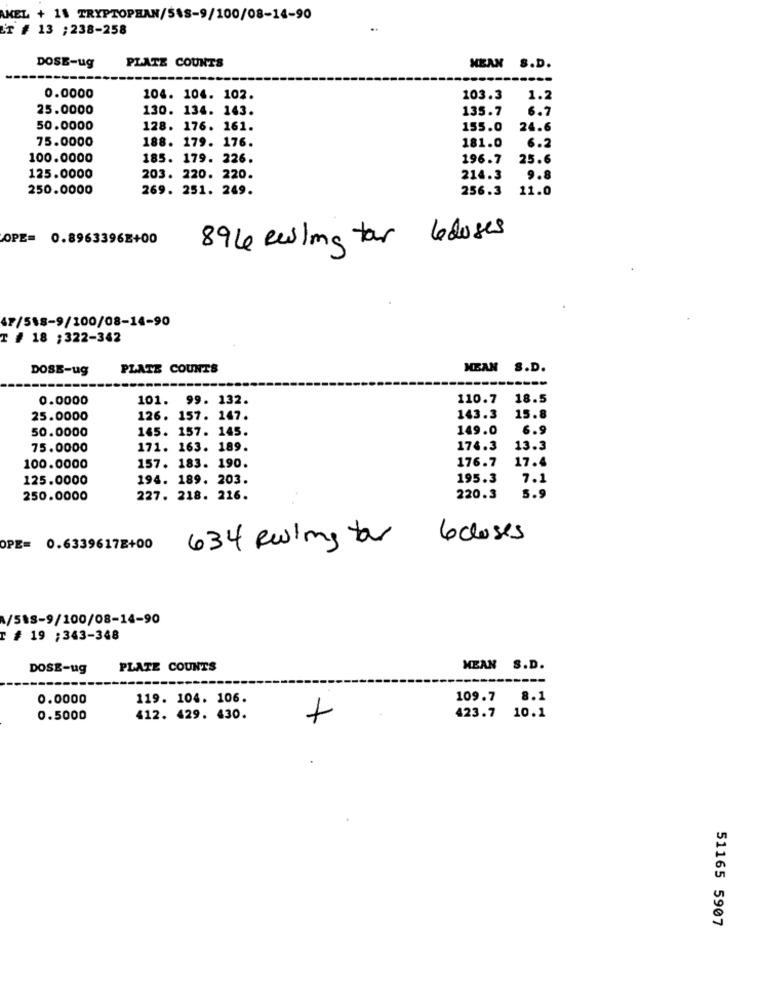
AKEL + 11 TRYPTOPHAN/518-9/100/08-14-90
T # 13 ;238-258
DOSE-ug
PLATE COUNTS
MEAN S.D.
0.0000
104. 104. 102.
103.3
1.2
25.0000
130. 134. 143.
135.7
6.7
50.0000
128. 176. 161.
155.0
24.6
75.0000
188. 179. 176.
181.0
6.2
100.0000
185. 179. 226.
196.7
25.6
125.0000
203. 220. 220.
214.3
9.8
250.0000
269. 251. 249.
256.3
11.0
OPE= 0.8963396E+00
894 ewiling for
6 doses
47/548-9/100/08-14-90
T # 18 ;322-342
DOSE-ug
PLATE COUNTS
MEAN S.D.
0.0000
101.
99. 132.
110.7
18.5
25.0000
126. 157. 147.
143.3
15.8
50.0000
145. 157. 145.
149.0
6.9
75.0000
171. 163. 189.
174.3
13.3
176.7
17.4
100.0000
157. 183. 190.
125.0000
194. 189. 203.
195.3
7.1
250.0000
227. 218. 216.
220.3
5.9
634 Reims for
6 closes
OPE= 0.6339617E+00
A/518-9/100/08-14-90
r # 19 ;343-348
DOSE-ug
PLATE COUNTS
MEAN S.D.
0.0000
119. 104. 106.
109.7
8.1
0.5000
412. 429. 430.
423.7 10.1
51165 5907